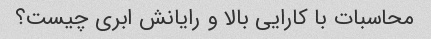
محاسبات با کارایی بالا و رایانش ابری چیست؟